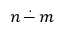
n \, { \stackrel { . } { - } } \, m